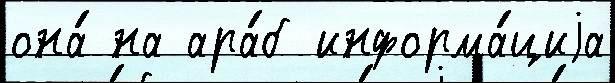
она́ на ара́б информа́циjа